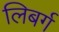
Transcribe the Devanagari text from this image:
लिबर्ग